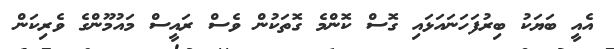
އެއީ ބަޔަކު ބިރުފަހަނައަޅައި ގޮސް ކޮންމެ ގޮތަކުން ވެސް ރައީސް މައުމޫންގެ ވެރިކަން